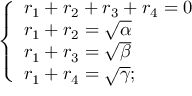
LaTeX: \left\{ { \begin{array} { l } { r _ { 1 } + r _ { 2 } + r _ { 3 } + r _ { 4 } = 0 } \\ { r _ { 1 } + r _ { 2 } = { \sqrt { \alpha } } } \\ { r _ { 1 } + r _ { 3 } = { \sqrt { \beta } } } \\ { r _ { 1 } + r _ { 4 } = { \sqrt { \gamma } } { \mathrm { ; } } } \end{array} } \right.